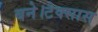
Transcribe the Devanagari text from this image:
बने।टेक्सास